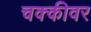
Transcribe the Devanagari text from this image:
चक्कीवर